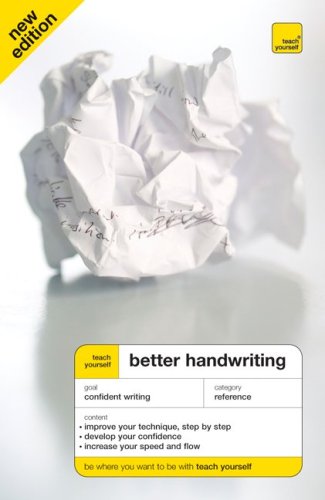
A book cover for Teach Yourself Better Handwriting, New Edition (Teach Yourself: Games/Hobbies/Sports); Rosemary Sassoon; Reference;